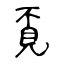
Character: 覔